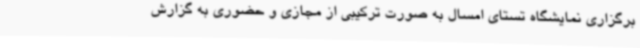
برگزاری نمایشگاه تستای امسال به صورت ترکیبی از مجازی و حضوری به گزارش